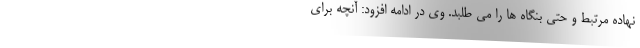
نهاده مرتبط و حتی بنگاه ها را می طلبد. وی در ادامه افزود: آنچه برای